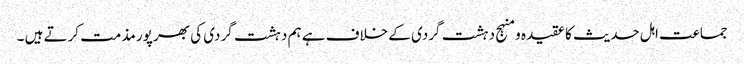
جماعت اہل حدیث کا عقیدہ و منہج دہشت گردی کے خلاف ہے ہم دہشت گردی کی بھر پور مذمت کرتے ہیں ۔